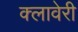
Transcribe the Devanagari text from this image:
क्लावेरी